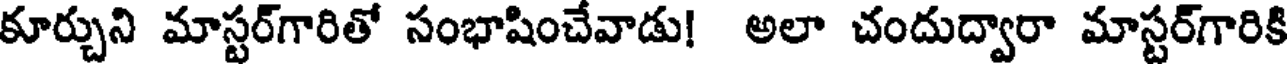
కూర్చుని మాస్టర్గారితో సంభాషించేవాడు! అలా చందుద్వారా మాస్టర్గారికి